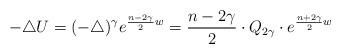
LaTeX: \begin{align*}-\triangle U=(-\triangle)^{\gamma}e^{\frac{n-2\gamma}{2}w}=\frac{n-2\gamma}{2}\cdot Q_{2\gamma}\cdot e^{\frac{n+2\gamma}{2}w}\end{align*}